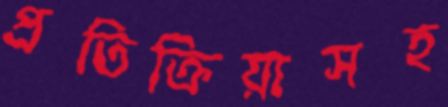
প্রতিক্রিয়াসহ